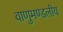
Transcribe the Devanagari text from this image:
वाणुमण्डलीय